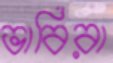
ভাবিরা